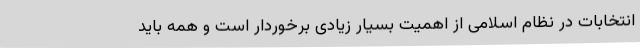
انتخابات در نظام اسلامی از اهمیت بسیار زیادی برخوردار است و همه باید